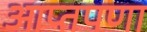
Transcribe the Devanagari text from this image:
आप्तपणा